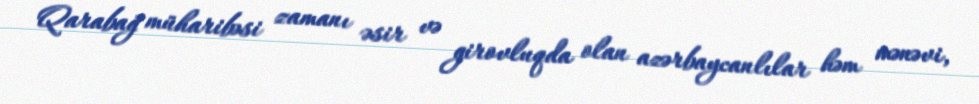
Qarabağ müharibəsi zamanı əsir və girovluqda olan azərbaycanlılar həm mənəvi,